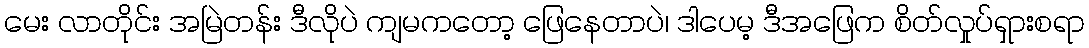
မေး လာတိုင်း အမြဲတန်း ဒီလိုပဲ ကျမကတော့ ဖြေနေတာပဲ၊ ဒါပေမ့ ဒီအဖြေက စိတ်လှုပ်ရှားစရာ